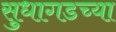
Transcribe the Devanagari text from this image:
सुधागडच्या